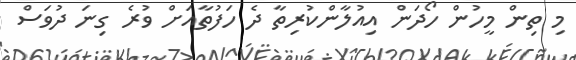
މި ތިން މީހުން ހޯދަން އިއުލާންކުރިތާ ދެ ހަފުތާއަށް ވުރެ ގިނަ ދުވަސް